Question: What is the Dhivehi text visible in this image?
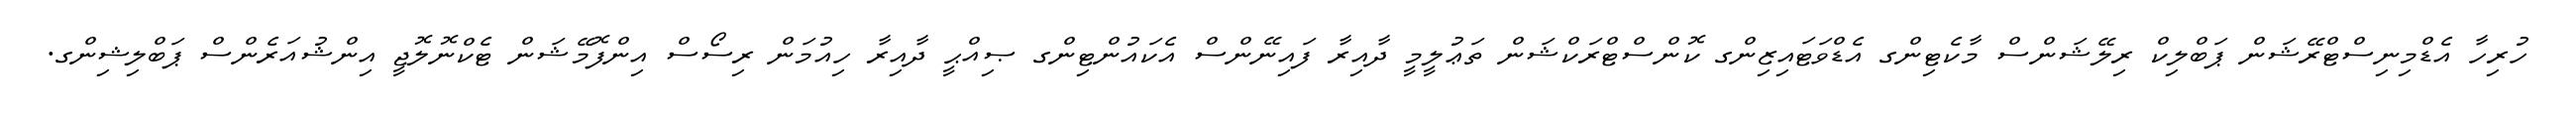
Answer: ހުރިހާ އެޑްމިނިސްޓްރޭޝަން ޕަބްލިކް ރިލޭޝަންސް މާކެޓިންގ އެޑްވަޓައިޒިންގ ކޮންސްޓްރަކްޝަން ތަޢުލީމީ ދާއިރާ ފައިނޭންސް އެކައުންޓިންގ ޞިއްޙީ ދާއިރާ ހިއުމަން ރިސޯސް އިންފޮމޭޝަން ޓެކްނޮލޮޖީ އިންޝުއަރެންސް ޕަބްލިޝިންގ.